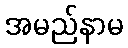
အမည်နာမ